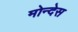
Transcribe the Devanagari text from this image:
मोन्देस